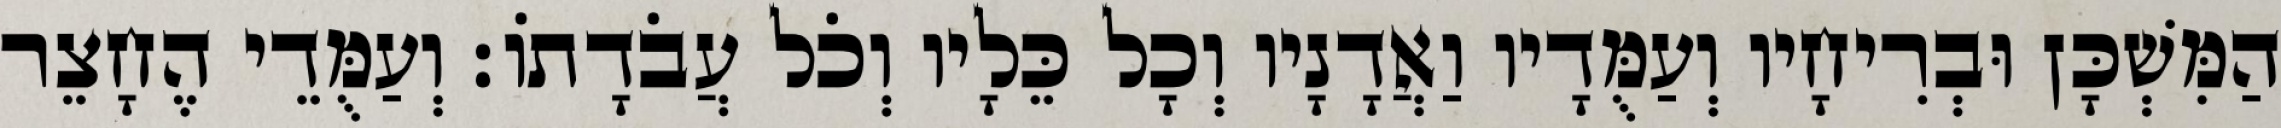
הַמִּשְׁכָּן וּבְרִיחָיו וְעַמֻּדָיו וַאֲדָנָיו וְכָל כֵּלָיו וְכֹל עֲבֹדָתוֹ׃ וְעַמֻּדֵי הֶחָצֵר